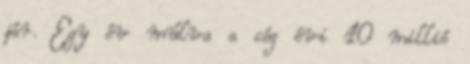
jár. Egy év múlva a cég évi 10 millió